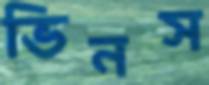
ভিনস